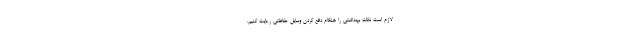
لازم است نکات بهداشتی را هنگام دفع کردن وسایل حفاظتی رعایت کنیم.